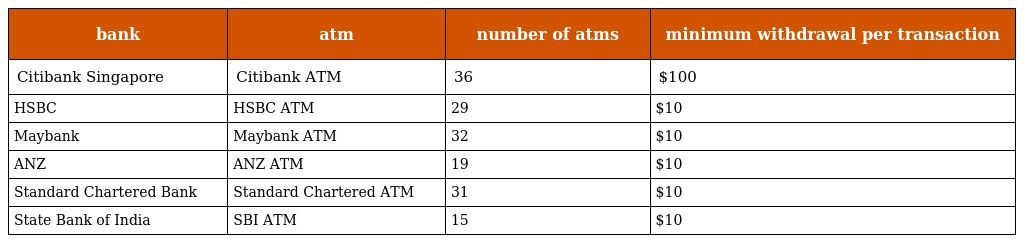
| bank | atm | number of atms | minimum withdrawal per transaction |
 | --- | --- | --- | --- |
 | Citibank Singapore | Citibank ATM | 36 | $100 |
 | HSBC | HSBC ATM | 29 | $10 |
 | Maybank | Maybank ATM | 32 | $10 |
 | ANZ | ANZ ATM | 19 | $10 |
 | Standard Chartered Bank | Standard Chartered ATM | 31 | $10 |
 | State Bank of India | SBI ATM | 15 | $10 |